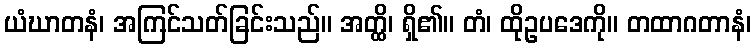
ယံဃာတနံ၊ အကြင်သတ်ခြင်းသည်။ အတ္ထိ၊ ရှိ၏။ တံ၊ ထိုဥပဒေကို။ တထာဂတာနံ၊